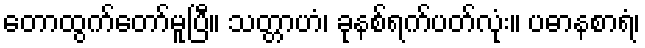
တောထွက်တော်မူပြီ။ သတ္တာဟံ၊ ခုနစ်ရက်ပတ်လုံး။ ပဓာနစာရံ၊